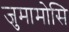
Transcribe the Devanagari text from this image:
जुमामोसि